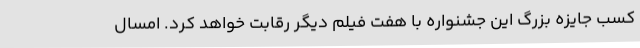
کسب جایزه‌ بزرگ این جشنواره با هفت فیلم دیگر رقابت خواهد کرد. امسال